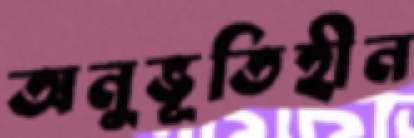
অনুভূতিহীন